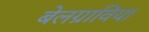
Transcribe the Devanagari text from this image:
बेलग्राविया